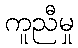
ကူညီမှု